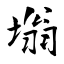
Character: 塕